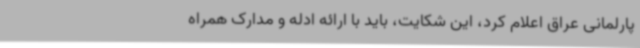
پارلمانی عراق اعلام کرد، این شکایت، باید با ارائه ادله و مدارک همراه